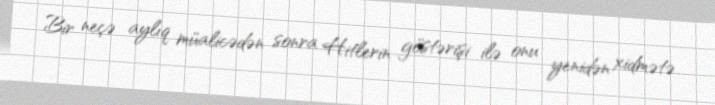
Bir neçə aylıq müalicədən sonra Hitlerin göstərişi ilə onu yenidən xidmətə